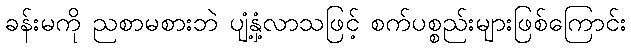
ခန်းမကို ညစာမစားဘဲ ပျံ့နှံ့လာသဖြင့် စက်ပစ္စည်းများဖြစ်ကြောင်း